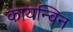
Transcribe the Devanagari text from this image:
कायन्विन